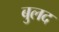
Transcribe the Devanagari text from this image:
बुलद